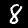
Digit: 8